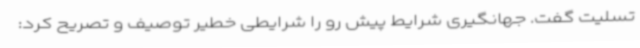
تسلیت گفت. جهانگیری شرایط پیش رو را شرایطی خطیر توصیف و تصریح کرد: